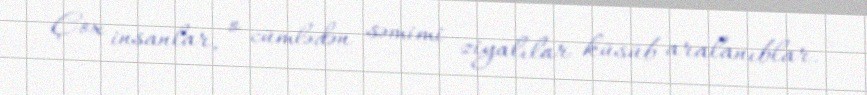
Çox insanlar, o cümlədən səmimi ziyalılar küsüb aralanıblar.